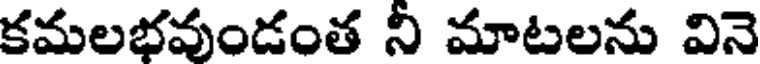
కమలభవుండంత నీ మాటలను వినె